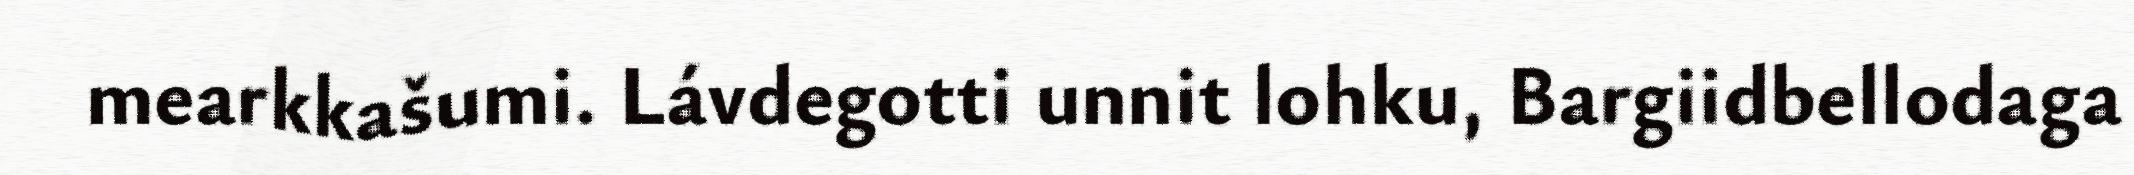
mearkkašumi. Lávdegotti unnit lohku, Bargiidbellodaga